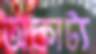
অকাট্য